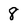
Character: 8